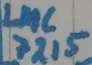
Text: LMC7215